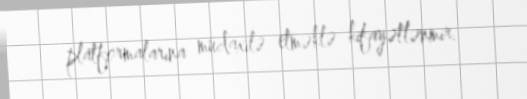
platformalarına müdaxilə etməklə kifayətlənmir.